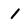
Character: 1